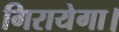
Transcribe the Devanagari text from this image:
गिरायेगा।